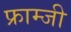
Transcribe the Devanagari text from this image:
फ्राम्जी